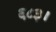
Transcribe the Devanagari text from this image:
६८३।